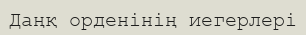
Даңқ орденінің иегерлері